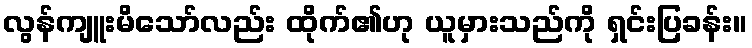
လွန်ကျူးမိသော်လည်း ထိုက်၏ဟု ယူမှားသည်ကို ရှင်းပြခန်း။